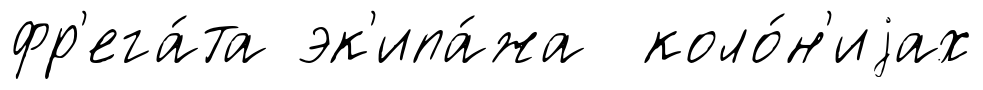
фр'ега́та эк'ипа́жа коло́н'иjах